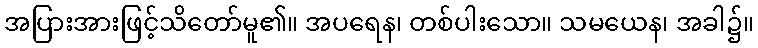
အပြားအားဖြင့်သိတော်မူ၏။ အပရေန၊ တစ်ပါးသော။ သမယေန၊ အခါ၌။